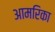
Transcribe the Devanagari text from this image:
आमरिका